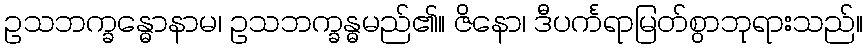
ဥသဘက္ခန္ဓောနာမ၊ ဥသဘက္ခန္ဓမည်၏။ ဇိနော၊ ဒီပင်္ကရာမြတ်စွာဘုရားသည်။